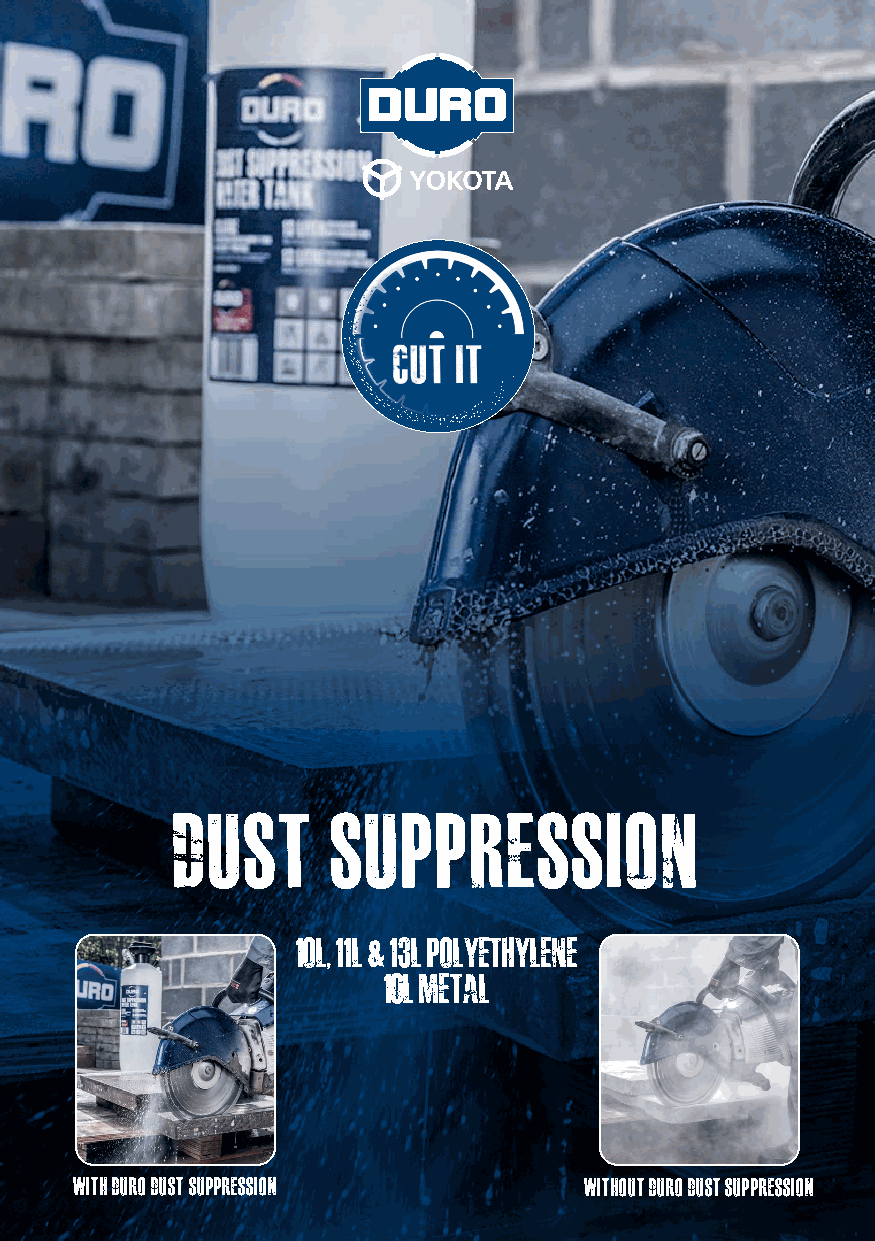
special applications
 dust       suppression
 1oL, 11L & 13L polyethylene
 10l metal
 with duro dust suppression        without duro dust suppression